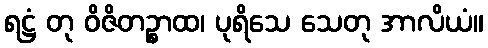
ရဋ္ဌံ တု ဝိဇိတဉ္စာထ၊ ပုရိသေ သေတု အာလိယံ။